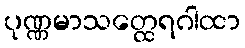
ပုဏ္ဏမာသတ္ထေရဂါထာ